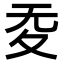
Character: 𡕠